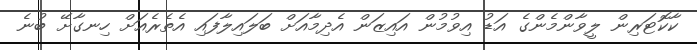
ކާކޮޓަރިން ލީވާންމެންގެ އަޑު އިވުމުން އައިޒަން އެދިމާއަށް ބަލައިލާފައި އެތެރެއަށް ހިނގާށޭ ބުނެ